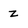
Character: z